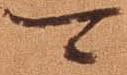
可